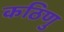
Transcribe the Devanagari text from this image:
कठिणु